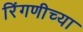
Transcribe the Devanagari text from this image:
रिंगणीच्या